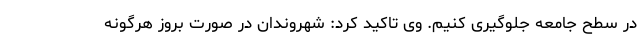
در سطح جامعه جلوگیری کنیم. وی تاکید کرد: شهروندان در صورت بروز هرگونه